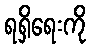
ရရှိရေးကို